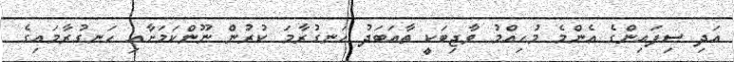
އަދި ސިފައިންގެ އެންމެ މުހިއްމު ވާޖިބަކީ ތާއަބަދު ހަނގުރާމަ ކުރުން ނޫންކަމަށާއި ހަނގުރާމައިގެ